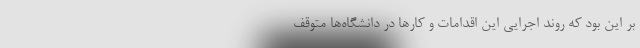
بر این بود که روند اجرایی این اقدامات و کارها در دانشگاه‌ها متوقف